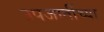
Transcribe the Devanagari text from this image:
उपजातींच्या